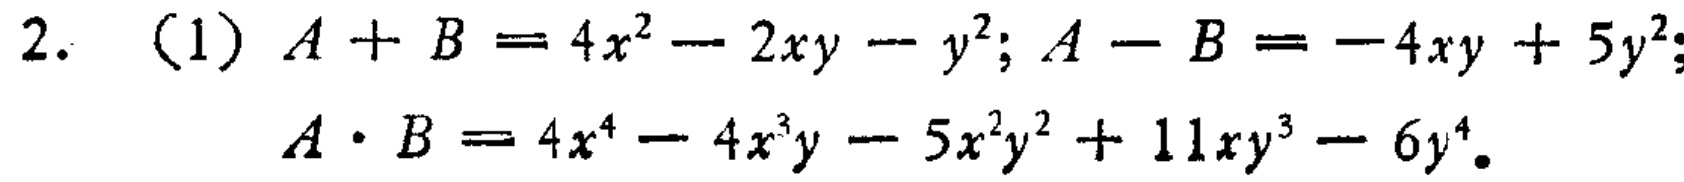
2. （1）\(A + B = 4x^{2}-2xy - y^{2}; A - B = -4xy + 5y^{2};\\A\cdot B = 4x^{4}-4x^{3}y - 5x^{2}y^{2}+11xy^{3}-6y^{4}\)